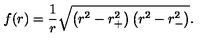
f ( r ) = { \frac { 1 } { r } } \sqrt { \left( r _ { \vphantom + } ^ { 2 } - r _ { + } ^ { 2 } \right) \left( r _ { \vphantom - } ^ { 2 } - r _ { - } ^ { 2 } \right) } .